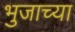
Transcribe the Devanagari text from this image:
भुजाच्या